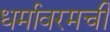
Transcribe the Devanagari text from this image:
धर्मावरमची